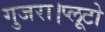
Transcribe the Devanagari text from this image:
गुजरा।प्लूटो